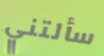
سألتني